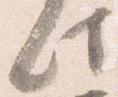
此